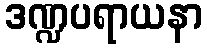
ဒဏ္ဍပရာယနာ